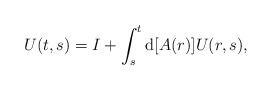
LaTeX: \begin{align*} U(t,s)=I+\int_{s}^{t}{\rm d}[A(r)]U(r,s), \end{align*}